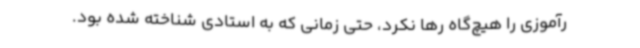
رآموزی را هیچ‌گاه رها نکرد، حتی زمانی که به استادی شناخته شده بود.